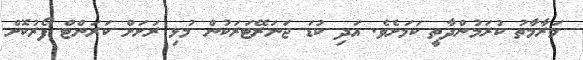
މަރާމާތު ކުރަމުންދާތީ ކަމަށެވެ. އަދި ކުޑަ ޖަނަރޭޓަރަކުން މުޅި ރަށަށް ކަރަންޓް ފޯރުކޮށް